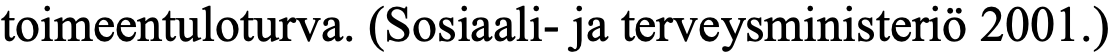
toimeentuloturva. (Sosiaali- ja terveysministeriö 2001.)